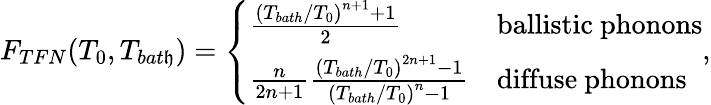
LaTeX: F_{TFN}(T_{0},T_{bat\mathfrak{h}})=\left\{ \begin{array}{ll}{\frac{\left(T_{bath}/T_{0}\right)^{n+1}+1}{2}}&{\mathrm{ballistic\ phonons}}\\ {\frac{n}{2n+1}\frac{\left(T_{bath}/T_{0}\right)^{2n+1}-1}{\left(T_{bath}/T_{0}\right)^{n}-1}}&{\mathrm{diffuse\ phonons}}\end{array}\right.,